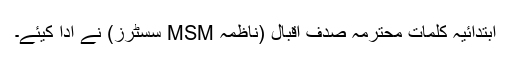
ابتدائیہ کلمات محترمہ صدف اقبال (ناظمہ MSM سسٹرز) نے ادا کیئے۔